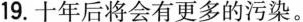
19.十年后将会有更多的污染。